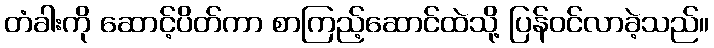
တံခါးကို ဆောင့်ပိတ်ကာ စာကြည့်ဆောင်ထဲသို့ ပြန်ဝင်လာခဲ့သည်။